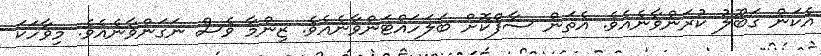
އެކަން ގަބޫލު ކުރަންވާނެއެވެ. އެތަން ސާފްކޮށް ބަލަހައްޓަންވާނެއެވެ. ޒިންމާ ވެސް ނަގަންވާނެއެވެ. މިވާހަކަ